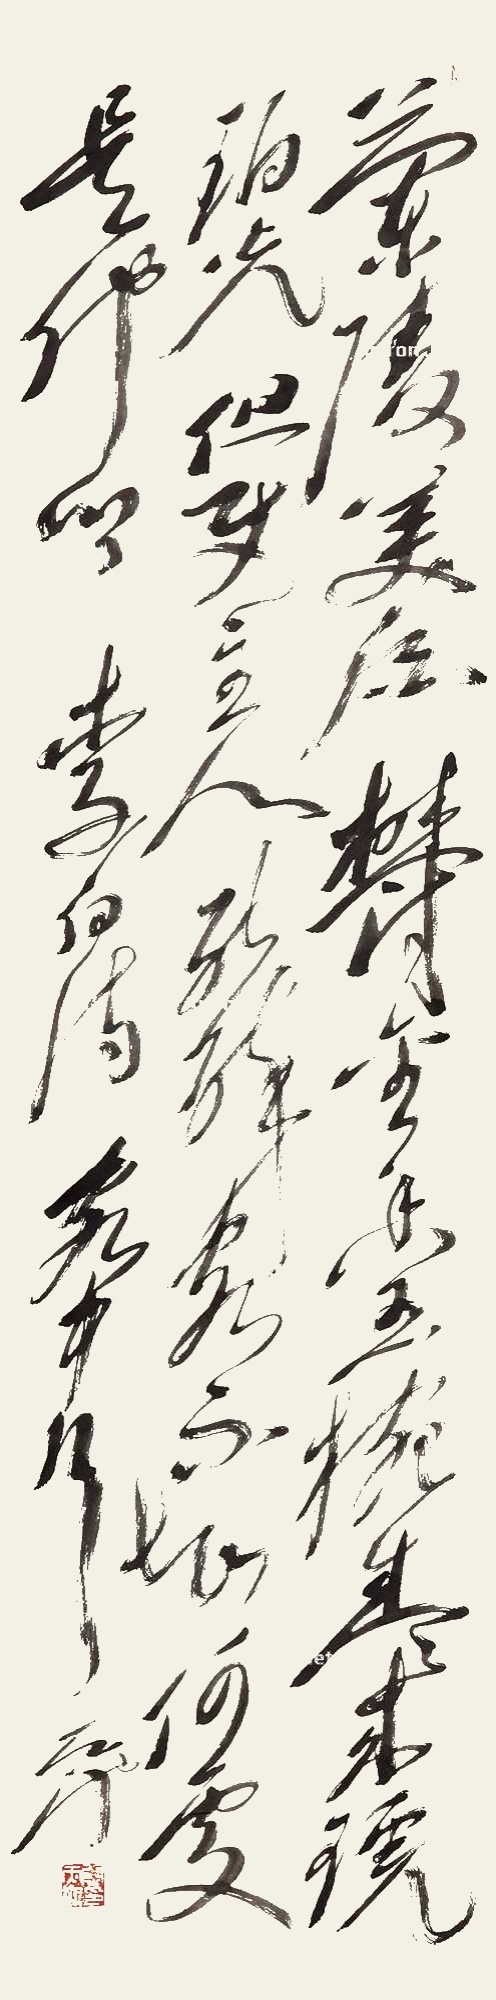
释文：兰陵美酒郁金香，玉碗盛来琥珀光。但使主人能醉客，不知何处是他乡。尉天池印（白）、自在（朱）